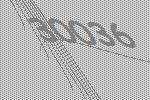
30036